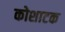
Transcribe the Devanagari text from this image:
कोशाटक